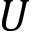
U